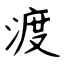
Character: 渡